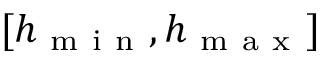
[ h _ { \mathrm { ~ m ~ i ~ n ~ } } , h _ { \mathrm { ~ m ~ a ~ x ~ } } ]